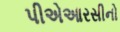
પીએઆરસીનો